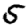
Digit: 5